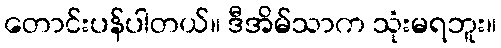
တောင်းပန်ပါတယ်။ ဒီအိမ်သာက သုံးမရဘူး။